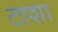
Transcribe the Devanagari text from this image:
टाशा